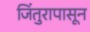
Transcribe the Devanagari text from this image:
जिंतुरापासून